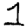
Digit: 1